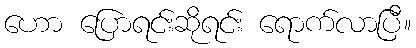
ဟော ပြောရင်းဆိုရင်း ရောက်လာပြီ။